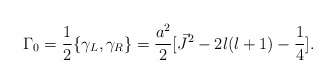
\begin{align*}{\Gamma}_{0}=\frac{1}{2}\{{\gamma}_{L},{\gamma}_{R}\}=\frac{a^2}{2}[\vec{J}^2 - 2l(l+1) -\frac{1}{4}].\end{align*}